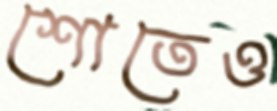
শোতেও